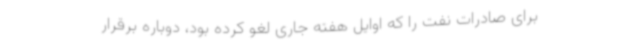
برای صادرات نفت را که اوایل هفته جاری لغو کرده بود، دوباره برقرار